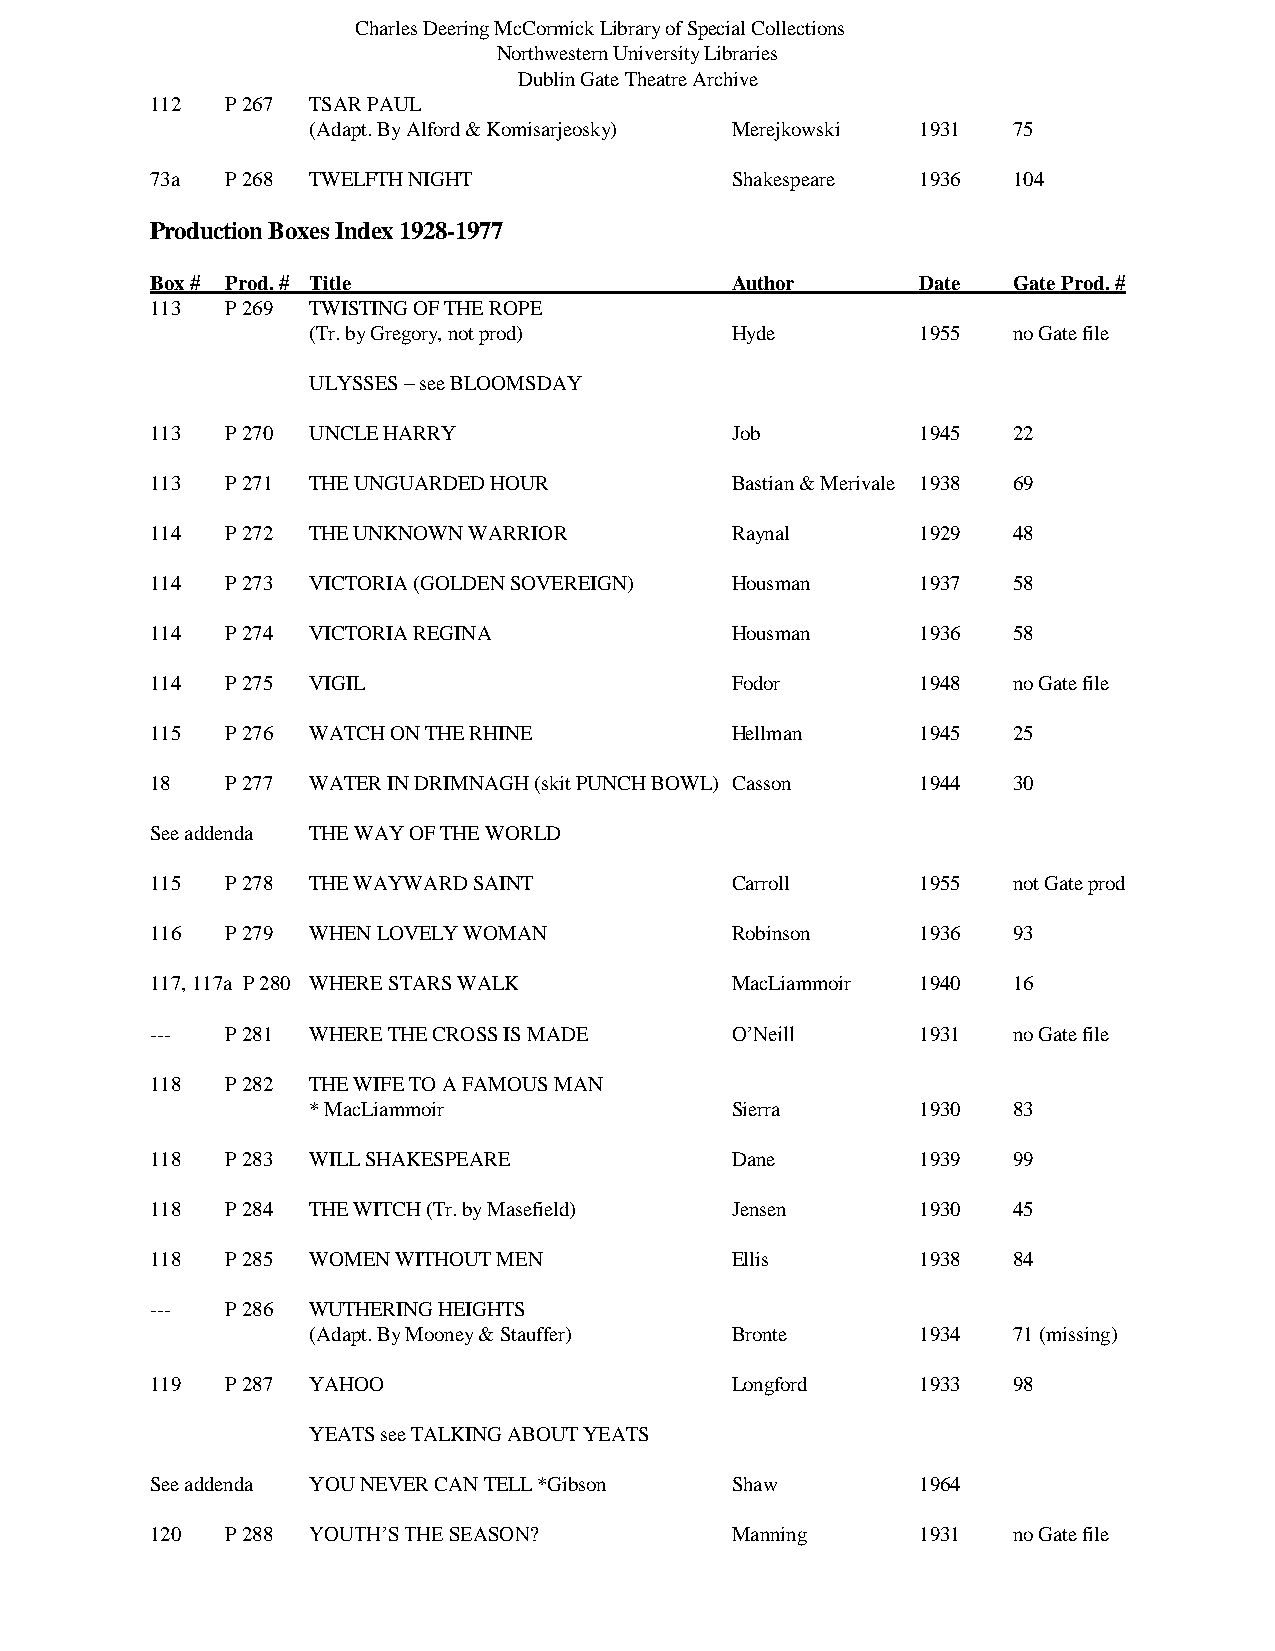
Charles Deering McCormick Library of Special Collections
 Northwestern University Libraries
 Dublin Gate Theatre Archive
 112  P 267 TSAR PAUL
 (Adapt. By Alford & Komisarjeosky) Merejkowski 1931 75
 73a  P 268 TWELFTH NIGHT              Shakespeare  1936  104
 Production Boxes Index 1928-1977
 Box # Prod. # Title                   Author       Date  Gate Prod. #
 113  P 269 TWISTING OF THE ROPE
 (Tr. by Gregory, not prod)  Hyde         1955  no Gate file
 ULYSSES – see BLOOMSDAY
 113  P 270 UNCLE HARRY                Job          1945  22
 113  P 271 THE UNGUARDED HOUR         Bastian & Merivale 1938 69
 114  P 272 THE UNKNOWN WARRIOR        Raynal       1929  48
 114  P 273 VICTORIA (GOLDEN SOVEREIGN) Housman     1937  58
 114  P 274 VICTORIA REGINA            Housman      1936  58
 114  P 275 VIGIL                      Fodor        1948  no Gate file
 115  P 276 WATCH ON THE RHINE         Hellman      1945  25
 18   P 277 WATER IN DRIMNAGH (skit PUNCH BOWL) Casson 1944 30
 See addenda THE WAY OF THE WORLD
 115  P 278 THE WAYWARD SAINT          Carroll      1955  not Gate prod
 116  P 279 WHEN LOVELY WOMAN          Robinson     1936  93
 117, 117a P 280 WHERE STARS WALK      MacLiammoir  1940  16
 ---  P 281 WHERE THE CROSS IS MADE    O’Neill      1931  no Gate file
 118  P 282 THE WIFE TO A FAMOUS MAN
 * MacLiammoir               Sierra       1930  83
 118  P 283 WILL SHAKESPEARE           Dane         1939  99
 118  P 284 THE WITCH (Tr. by Masefield) Jensen     1930  45
 118  P 285 WOMEN WITHOUT MEN          Ellis        1938  84
 ---  P 286 WUTHERING HEIGHTS
 (Adapt. By Mooney & Stauffer) Bronte     1934  71 (missing)
 119  P 287 YAHOO                      Longford     1933  98
 YEATS see TALKING ABOUT YEATS
 See addenda YOU NEVER CAN TELL *Gibson Shaw        1964
 120  P 288 YOUTH’S THE SEASON?        Manning      1931  no Gate file